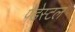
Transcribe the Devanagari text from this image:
पेडेस्टल